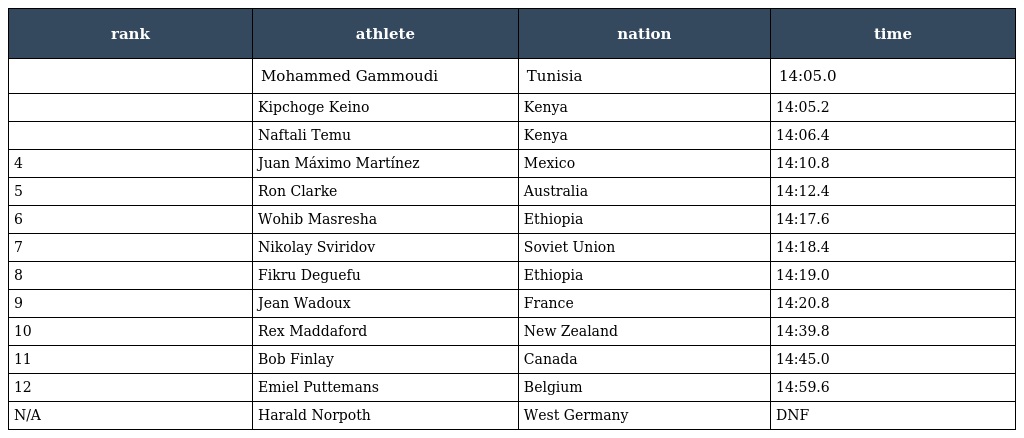
| rank | athlete | nation | time |
 | --- | --- | --- | --- |
 |  | Mohammed Gammoudi | Tunisia | 14:05.0 |
 |  | Kipchoge Keino | Kenya | 14:05.2 |
 |  | Naftali Temu | Kenya | 14:06.4 |
 | 4 | Juan Máximo Martínez | Mexico | 14:10.8 |
 | 5 | Ron Clarke | Australia | 14:12.4 |
 | 6 | Wohib Masresha | Ethiopia | 14:17.6 |
 | 7 | Nikolay Sviridov | Soviet Union | 14:18.4 |
 | 8 | Fikru Deguefu | Ethiopia | 14:19.0 |
 | 9 | Jean Wadoux | France | 14:20.8 |
 | 10 | Rex Maddaford | New Zealand | 14:39.8 |
 | 11 | Bob Finlay | Canada | 14:45.0 |
 | 12 | Emiel Puttemans | Belgium | 14:59.6 |
 | N/A | Harald Norpoth | West Germany | DNF |